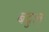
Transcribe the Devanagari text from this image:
बद्रुल्